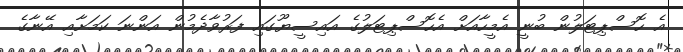
އެ ހޮސްޕިޓަލުން ބުނީ އެމީހާއަށް އެހޮސްޕިޓަލުގެ އައިސީޔޫގައި ފަރުވާދެމުން އަންނަ ކަމަށާއި އޭނާގެ